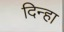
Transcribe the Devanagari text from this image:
दिन्हा